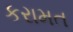
કરામત